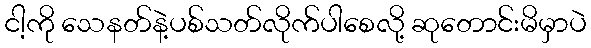
ငါ့ကို သေနတ်နဲ့ပစ်သတ်လိုက်ပါစေလို့ ဆုတောင်းမိမှာပဲ